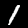
Digit: 1